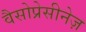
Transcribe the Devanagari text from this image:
वैसोप्रेसीनेज़